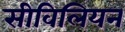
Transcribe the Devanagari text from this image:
सीविलियन